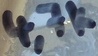
Text: 4,7k